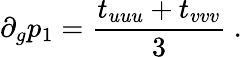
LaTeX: \partial_{g}p_{1}={\frac{t_{uuu}+t_{vvv}}{3}}\ .